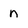
Character: n